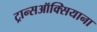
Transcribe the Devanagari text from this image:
ट्रान्सऑक्सियाना